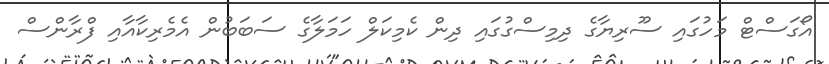
އޯގަސްޓް މަހުގައި ސޫރިޔާގެ ދިމިސްގުގައި ދިން ކެމިކަލް ހަމަލާގެ ސަބަބުން އެމެރިކާއާއި ފްރާންސް